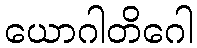
ယောဂါတိဂေါ